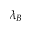
\lambda _ { B }